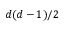
d ( d - 1 ) / 2